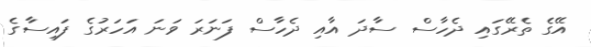
އޭގެ ތެރޭގައި ދެހާސް ސާދަ އާއި ދެހާސް ފަނަރަ ވަނަ އަހަރުގެ ފައިސާގެ